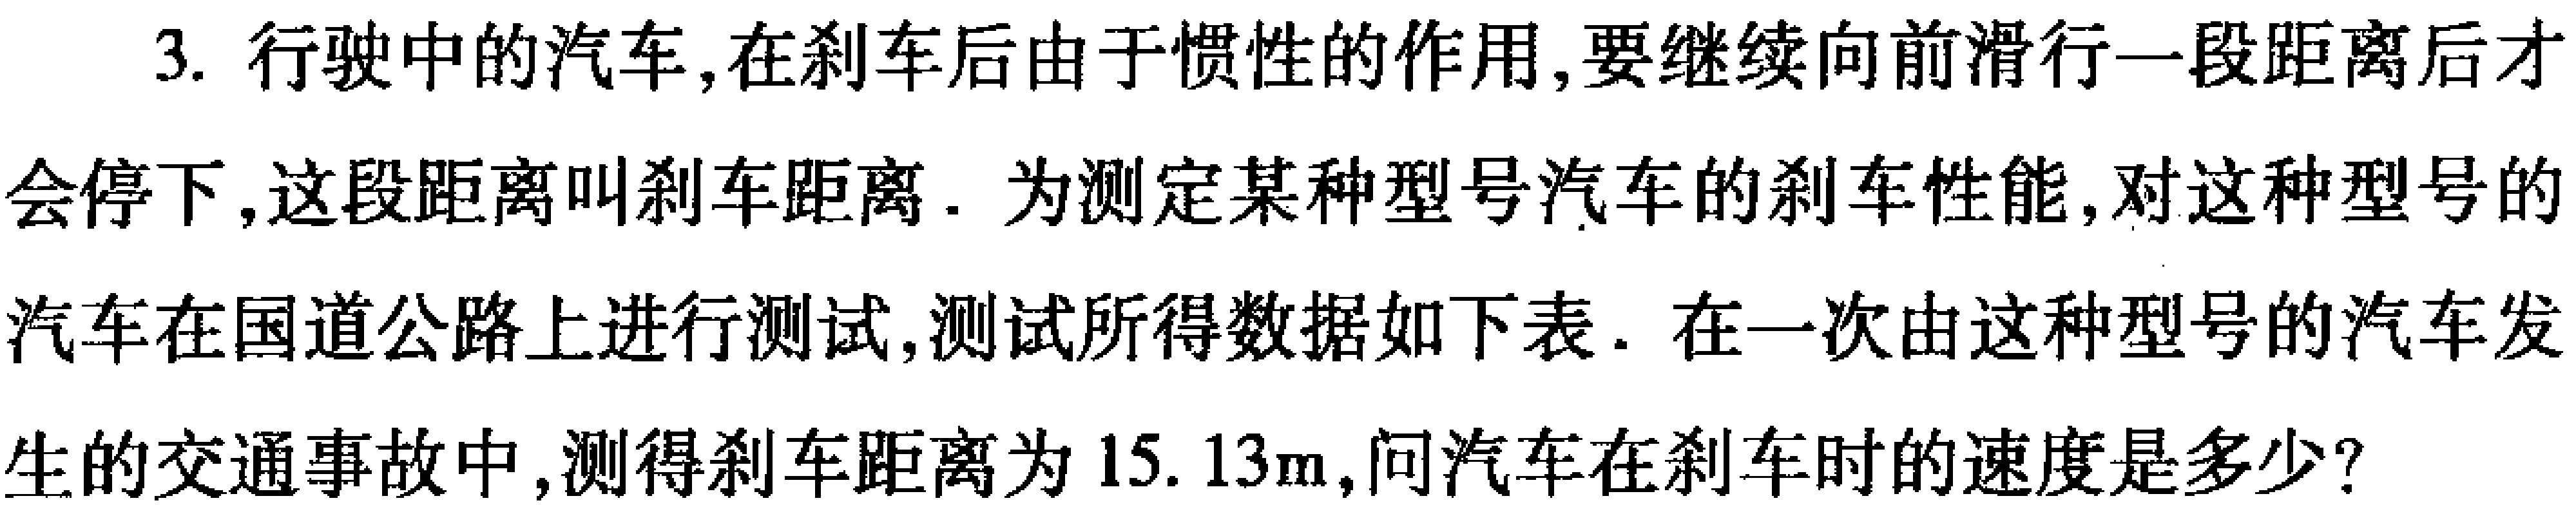
3. 行驶中的汽车，在刹车后由于惯性的作用，要继续向前滑行一段距离后才会停下，这段距离叫刹车距离．为测定某种型号汽车的刹车性能，对这种型号的汽车在国道公路上进行测试，测试所得数据如下表．在一次由这种型号的汽车发生的交通事故中，测得刹车距离为\(15.13\mathrm{m}\)，问汽车在刹车时的速度是多少？